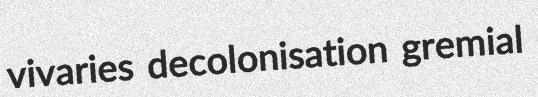
vivaries decolonisation gremial